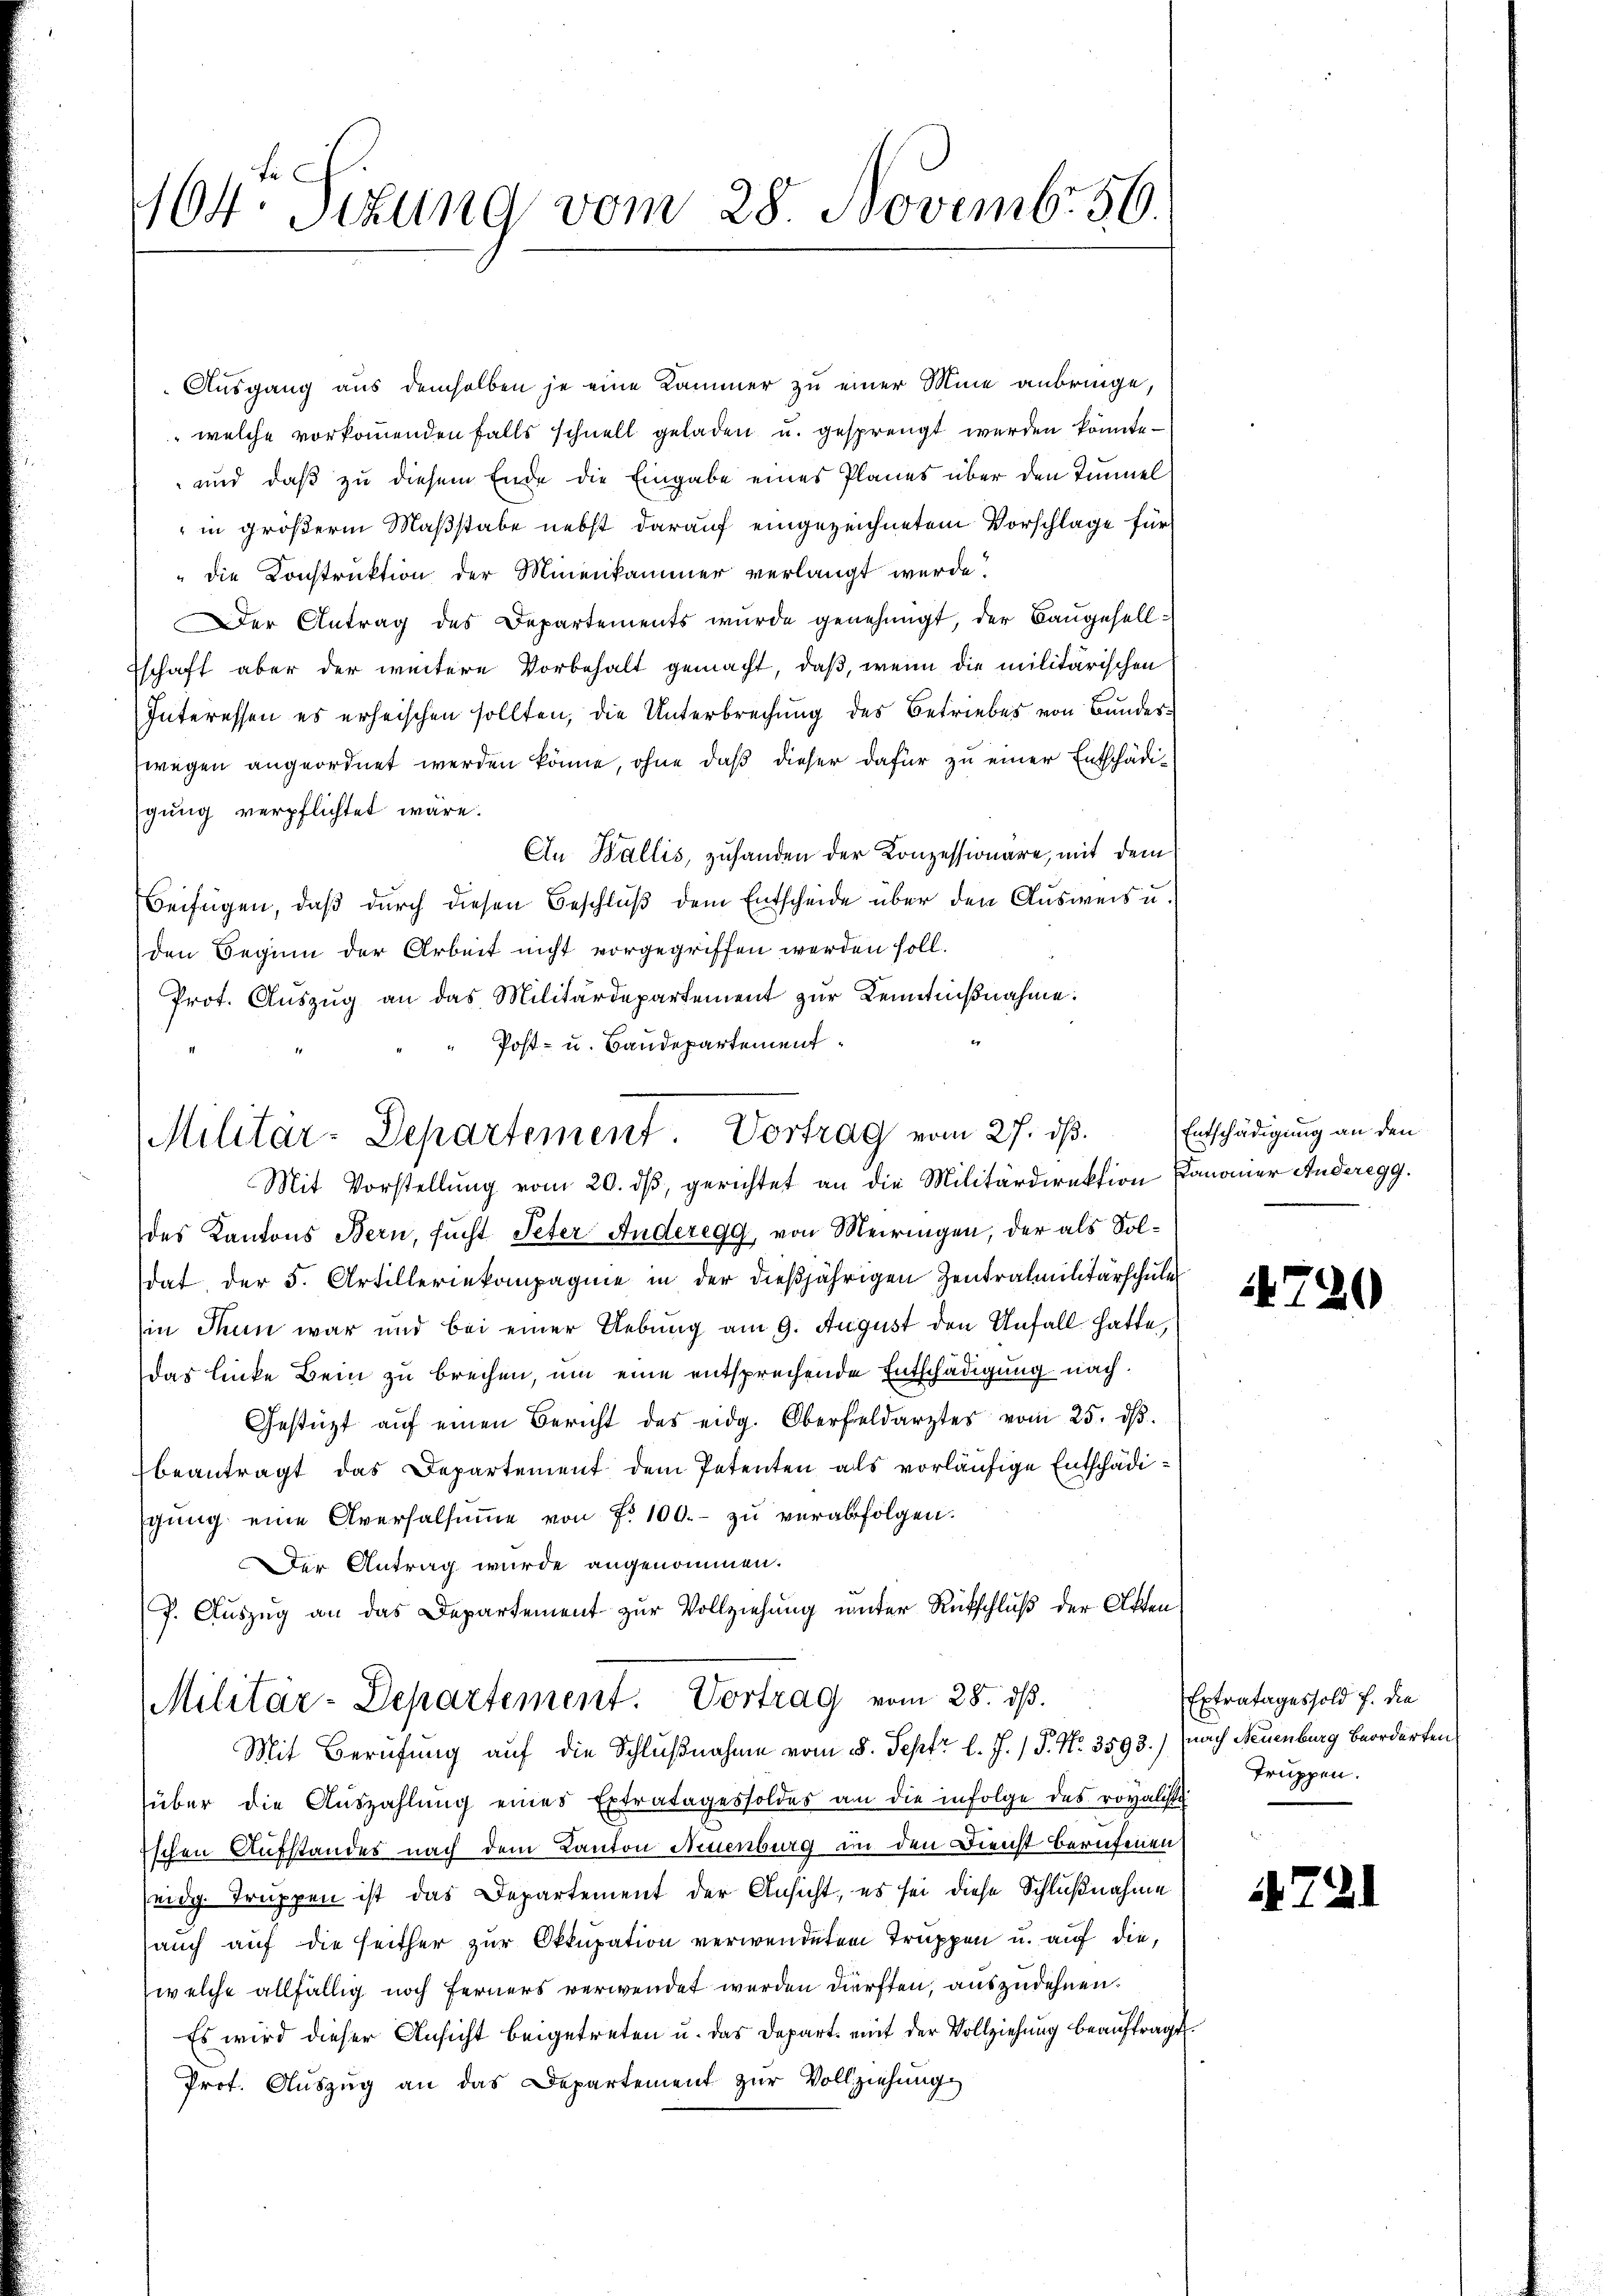
164 Sizung vom 28 Novemb. 56.

Ausgang aus demselben je eine Kammer zu einer Mine anbringe,
 welche vorkommenden Falls schnell geladen u. gesprengt werden könnte
und daß zu diesem Ende die Eingabe eines Planes über den Tunnel
in größerm Maßstabe nebst darauf eingezeichnetem Vorschlage für
" die Konstruktion der Minenkammer verlangt werde.
Der Antrag des Departements wurde genehmigt, der Baugesellschaft aber der weitere Vorbehalt gemacht, daß, wenn die militärischen
Interessen es erheischen sollten, die Unterbrechung des Betriebes von Bundeswegen angeordnet werden könne, ohne daß dieser dafür zu einer Entschädigung verpflichtet wäre.
An Wallis, zuhanden der Konzessionäre, mit dem
Beifügen, daß durch diesen Beschluß dem Entscheide über den Ausweis u.
den Seginn der Arbeit nicht vorgegriffen werden soll.
Prot. Auszug an das Militärdepartement zur Kenntnißnahme:
Post- u. Baudepartement

des Kantons Bern, sucht Peter Anderegg, von Meiringen, der als Soldat, der 5. Artilleriekompagnie in der dießjährigen Zentralmilitärschule
(in denn war und bei einer Uebung am 9. August den Anfall hatte,
Das linke Bein zu brechen, um eine entsprechende Entschädigung nach
Gestützt aŭf einen Bericht des eidg. Oberfeldarztes vom 25. dβ.
beantragt das Departement dem Petenten als vorläufige Entschädigŭng eine Aversalsŭṁe von Fr. 100.- zu verabfolgen.
Der Antrag wurde angenommen.
7. Auszug an das Departement zur Vollziehung unter Rückschluß der Akten
Militär-Departement. Vortrag vom 28. ds.
Mit Berufung auf die Schlußnahme vom 5. Sept. l. J. / P. Nr. 3593.) nach Neuenburg beorderten
über die Auszahlŭng eines Extratagessoldes an die infolge des royaliste
Eschen Aufstandes nach dem Kanton Neuenburg in den Dienst berufenen
seidg. Truppen ist das Departement der Ansicht, es sei diese Schlußnahme
auch auf die Heither zur Okkupation verwendeten Truppen u. auf die,
welche allfällig noch ferners verwendet werden dürften, auszudehnen.
Es wird dieser Ansicht beigetreten u. das Depart mit der Vollziehung beaŭftragt.
Prot. Auszug an das Departement zur Vollziehung

Militär-Departement Vortrag vom 27. ds.
Mit Vorstellung vom 20. dβ, gerichtet an die Militärdirektion Canonier Anderegg.

Entschädigung an den

720

Extratages sold f. die
Truppen.

4721